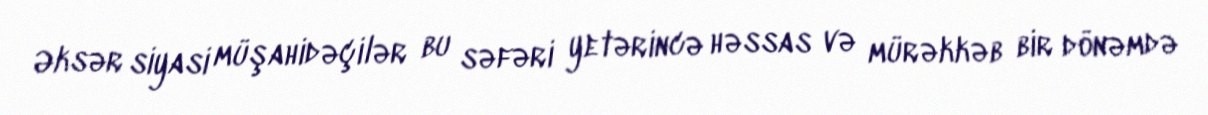
Əksər siyasi müşahidəçilər bu səfəri yetərincə həssas və mürəkkəb bir dönəmdə